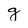
Character: g